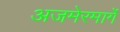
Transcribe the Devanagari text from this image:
अजमेरमार्गे